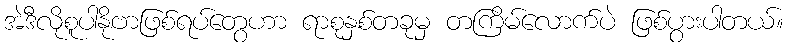
အဲဒီလိုစူပါနိုဗာဖြစ်ရပ်တွေဟာ ရာစုနှစ်တခုမှ တကြိမ်လောက်ပဲ ဖြစ်ပွားပါတယ်။